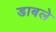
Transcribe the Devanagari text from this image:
डाबले